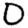
Digit: 0